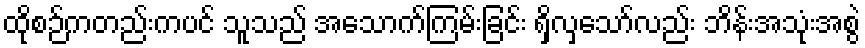
ထိုစဉ်ကတည်းကပင် သူသည် အသောက်ကြမ်းခြင်း ရှိလှသော်လည်း ဘိန်းအသုံးအစွဲ